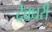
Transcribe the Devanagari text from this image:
देवघरी